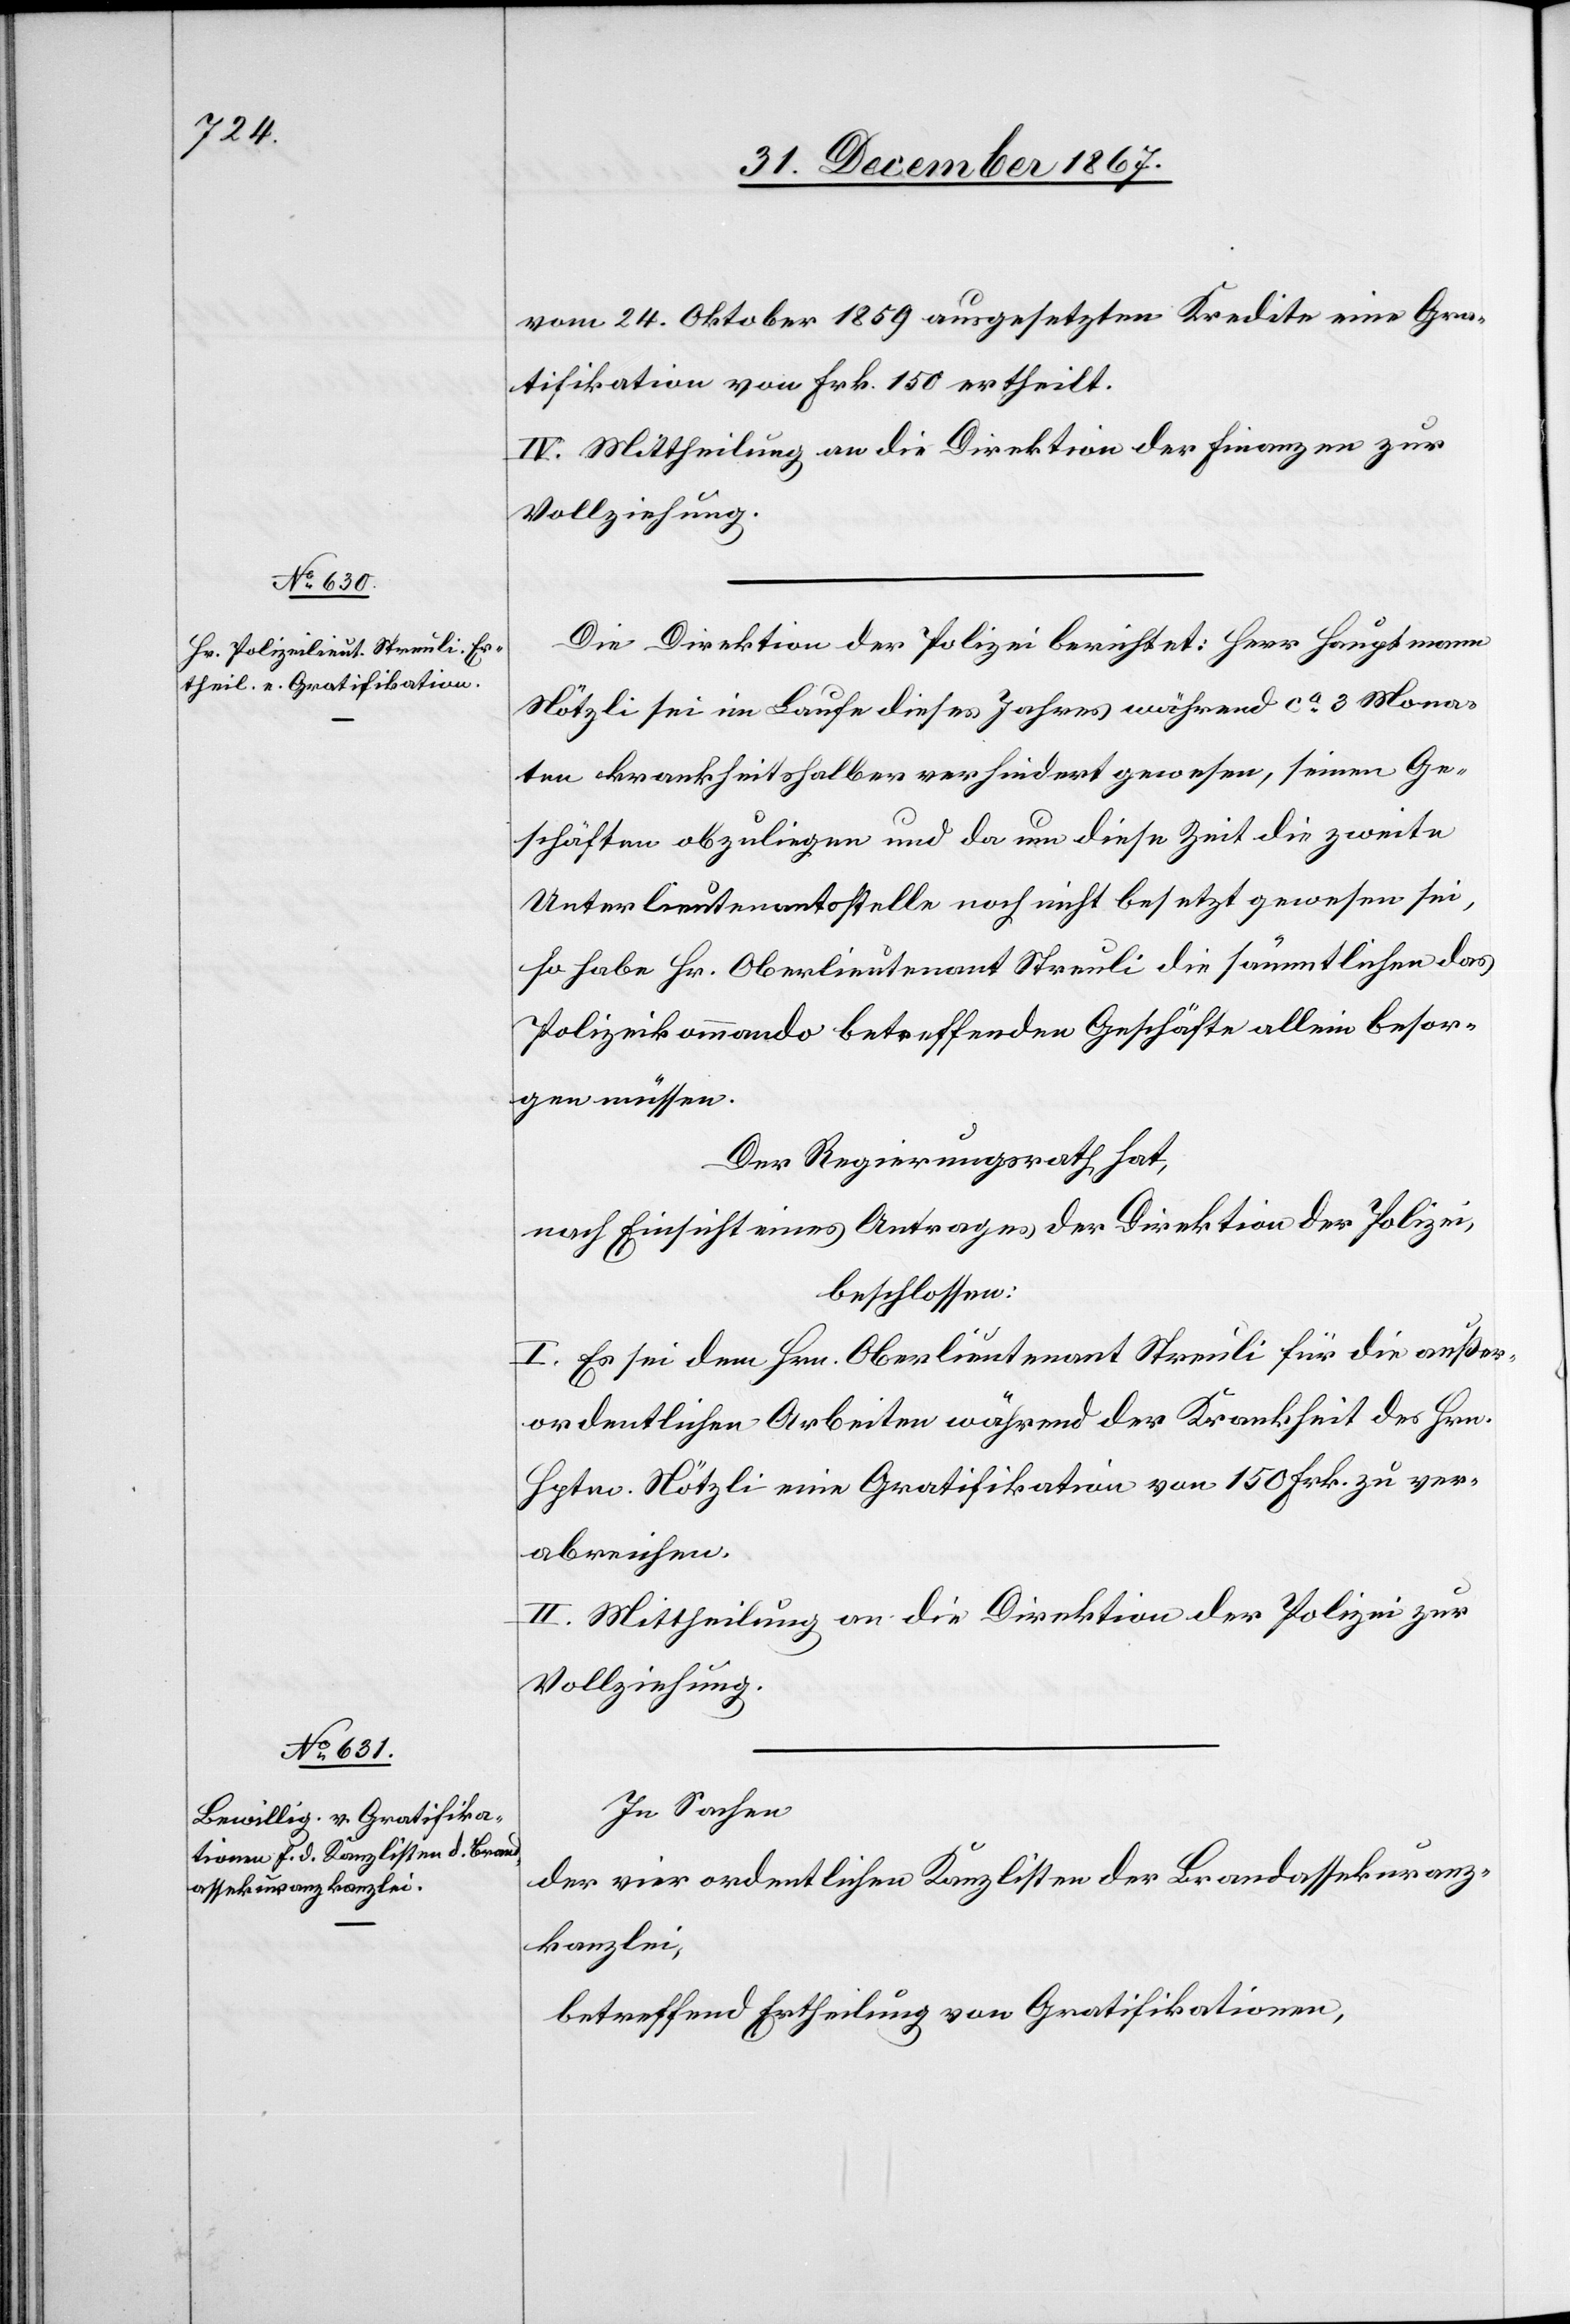
vom 24. Oktober 1859 ausgesetzten Kredite eine Gra¬
tifikation von Frk. 150 ertheilt.
IV. Mittheilung an die Direktion der Finanzen zur
Vollziehung.
Die Direktion der Polizei berichtet: Herr Hauptmann
Nötzli sei im Laufe dieses Jahres während ca 3 Mona¬
ten krankheitshalber verhindert gewesen, seinen Ge¬
schäften obzuliegen und da um diese Zeit die zweite
Unterlieutenantsstelle noch nicht besetzt gewesen sei,
so habe Hr. Oberlieutenant Streuli die sämmtlichen das
Polizeikommando betreffenden Geschäfte allein besor¬
gen müssen.
Der Regierungsrath hat,
nach Einsicht eines Antrages der Direktion der Polizei,
beschlossen:
I. Es sei dem Hrn. Oberstlieutenant Streuli für die außer¬
ordentlichen Arbeiten während der Krankheit des Hrn.
Hptm. Nötzli eine Gratifikation von 150 Frk. zu ver¬
abreichen.
II. Mittheilung an die Direktion der Polizei zur
Vollziehung.
In Sachen
der vier ordentlichen Kanzlisten der Brandassekuranz¬
kanzlei,
betreffend Ertheilung von Gratifikationen,